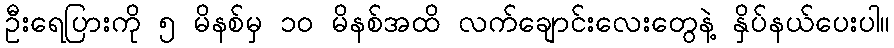
ဦးရေပြားကို ၅ မိနစ်မှ ၁၀ မိနစ်အထိ လက်ချောင်းလေးတွေနဲ့ နှိပ်နယ်ပေးပါ။